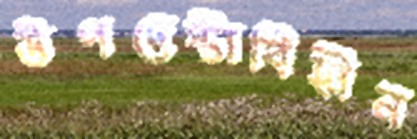
উপদেষ্টাবিহীন